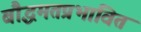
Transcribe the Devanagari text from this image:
बौद्धमतप्रभावित